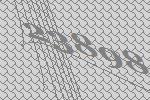
23898